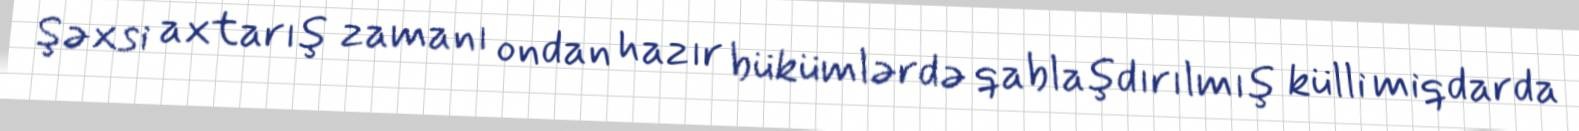
Şəxsi axtarış zamanı ondan hazır bükümlərdə qablaşdırılmış külli miqdarda